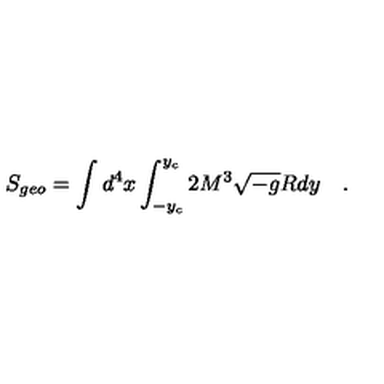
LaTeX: S _ { g e o } = \int d ^ { 4 } x \int _ { - y _ { c } } ^ { y _ { c } } 2 M ^ { 3 } \sqrt { - g } R d y \quad .